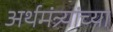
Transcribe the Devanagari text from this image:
अर्थमंत्र्यांच्या